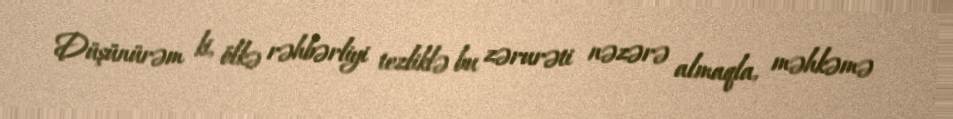
Düşünürəm ki, ölkə rəhbərliyi tezliklə bu zərurəti nəzərə almaqla, məhkəmə